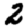
Digit: 2